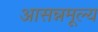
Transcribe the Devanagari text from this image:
आसन्नमूल्य